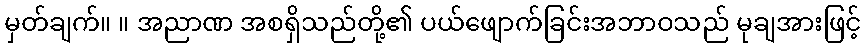
မှတ်ချက်။ ။ အညာဏ အစရှိသည်တို့၏ ပယ်ဖျောက်ခြင်းအဘာဝသည် မုချအားဖြင့်